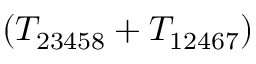
( T _ { 2 3 4 5 8 } + T _ { 1 2 4 6 7 } )